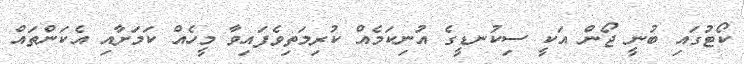
ކޯޓުގައި ބުނީ ޖޯން އަކީ ސިކުނޑީގެ އުނިކަމެއް ކުރިމަތިވެފައިވާ މީހެއް ކަމަށާއި އެކަންތައް